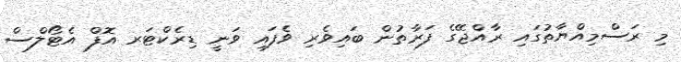
މި ރަސްމިއްޔާތުގައި ރާއްޖޭގެ ފަރާތުން ބައިވެރި ވެފައި ވަނީ ޑިރެކްޓަރ އޮފް އެޓޯލްސް